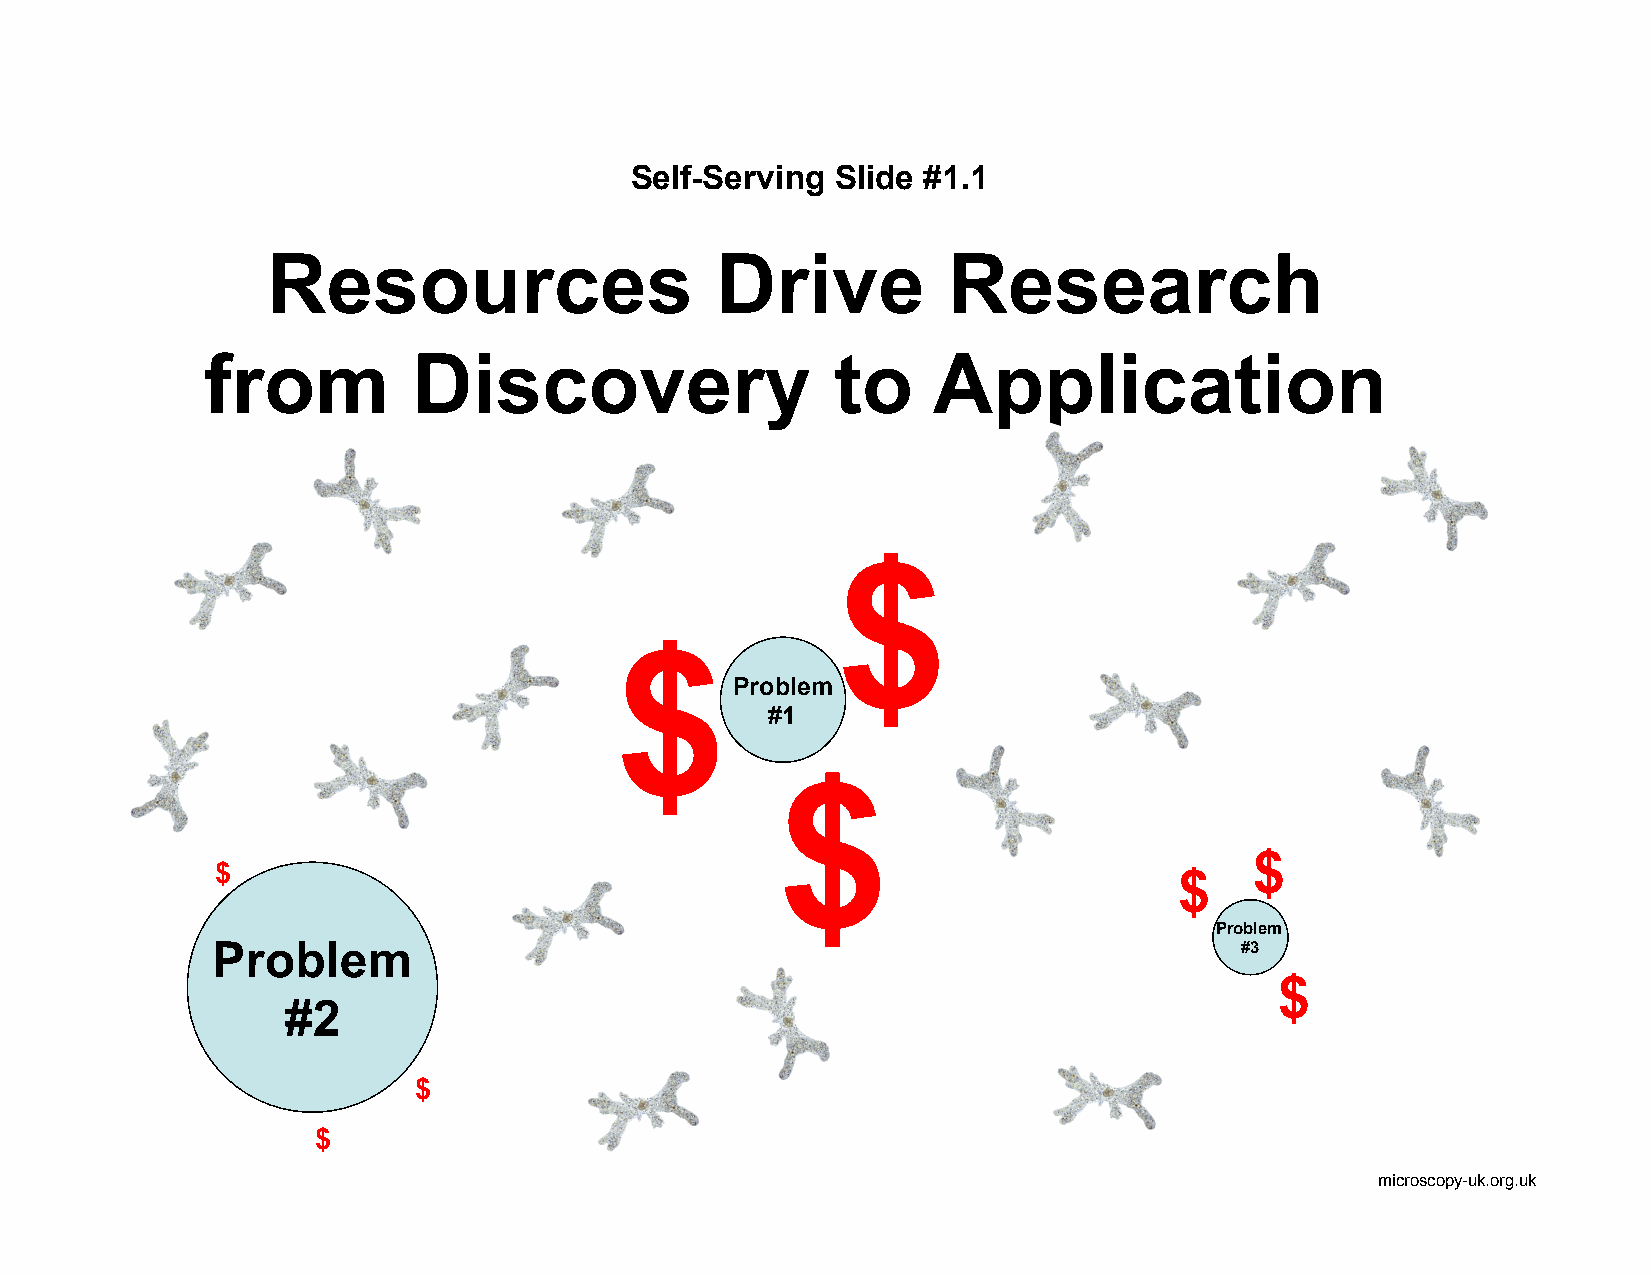
Self-Serving Slide #1.1
 Resources                    Drive           Research
 from          Discovery                   to     Application
 $
 $
 Problem
 #1
 $
 $
 $                                                               $
 Problem
 Problem                                                             #3
 $
 #2
 $
 $
 microscopy-uk.org.uk